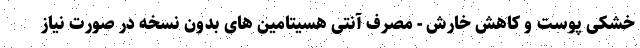
خشکی پوست و کاهش خارش - مصرف آنتی هسیتامین های بدون نسخه در صورت نیاز